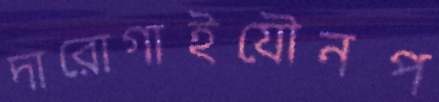
দারোগাইযৌনপ